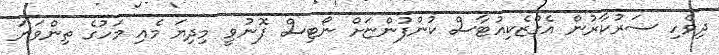
ދިވެހި ސަރުކާރުން އެގްޒެކިއުޓާސް ކުންފުންޏަށް ނޯޓިސް ފޮނުވީ މިދިޔަ މެއި މަހުގެ ތިންވަނަ